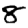
Digit: 8